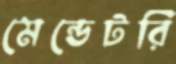
মেন্ডেটরি